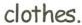
clothes.